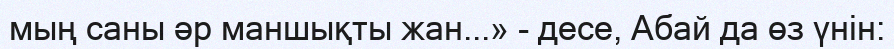
мың саны әр маншықты жан...» - десе, Абай да өз үнін: